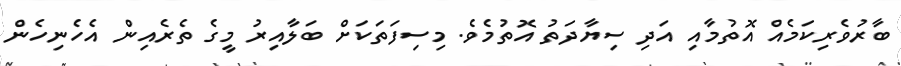
ބާރުވެރިކަމެއް އޮތުމާއި އަދި ސިޔާދަތު އޮތުމެވެ. މިސިފަތަކަށް ބަލާއިރު މީގެ ތެރެއިން އެހެނިހެން